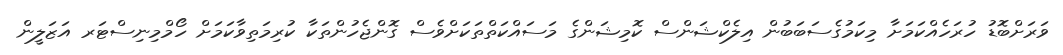
ވަރަށްބޮޑު ހުރަހެއްކަމަށާ މިކަމުގެސަބަބުން އިލެކްޝަންސް ކޮމިޝަންގެ މަސައްކަތްތަކަށްވެސް ގޮންޖެހުންތަކާ ކުރިމަތިވާކަމަށް ހޯމްމިނިސްޓަރ އަޒަލީން